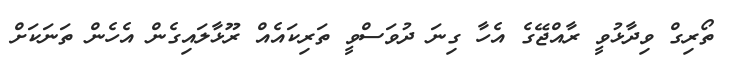
ތޯރިގް ވިދާޅުވީ ރާއްޖޭގެ އެހާ ގިނަ ދުވަސްވީ ތަރިކައެއް ރޫޅާލައިގެން އެހެން ތަނަކަށް